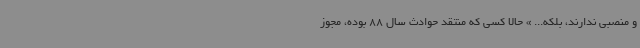
و منصبی ندارند، بلکه... » حالا کسی که منتقد حوادث سال 88 بوده، مجوز